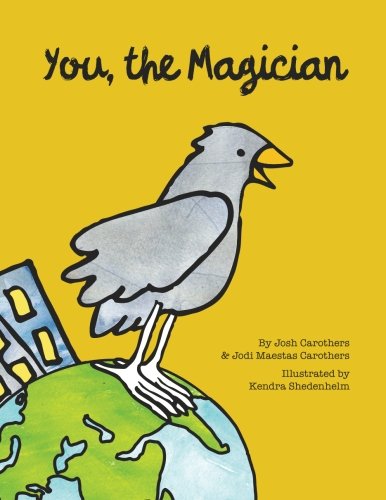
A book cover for You, the Magician; Josh Carothers; Children's Books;